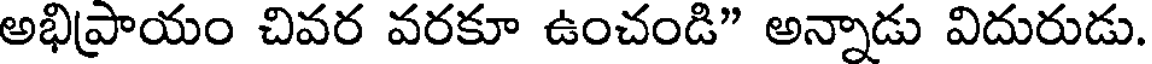
అభిప్రాయం చివర వరకూ ఉంచండి" అన్నాడు విదురుడు.